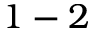
1 - 2